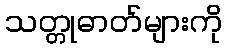
သတ္တုဓာတ်များကို